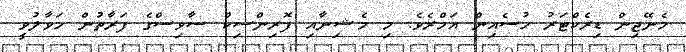
މެނޭޖިން ޑިރެކްޓަރު ހުސެއިން އަމްރެވެ. މި މެޝިނާއި ފޮރިންސިކް ސާވިސްގެ ފަރާތުން ހަވާލުވީ